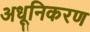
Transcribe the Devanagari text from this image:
अधूनिकरण